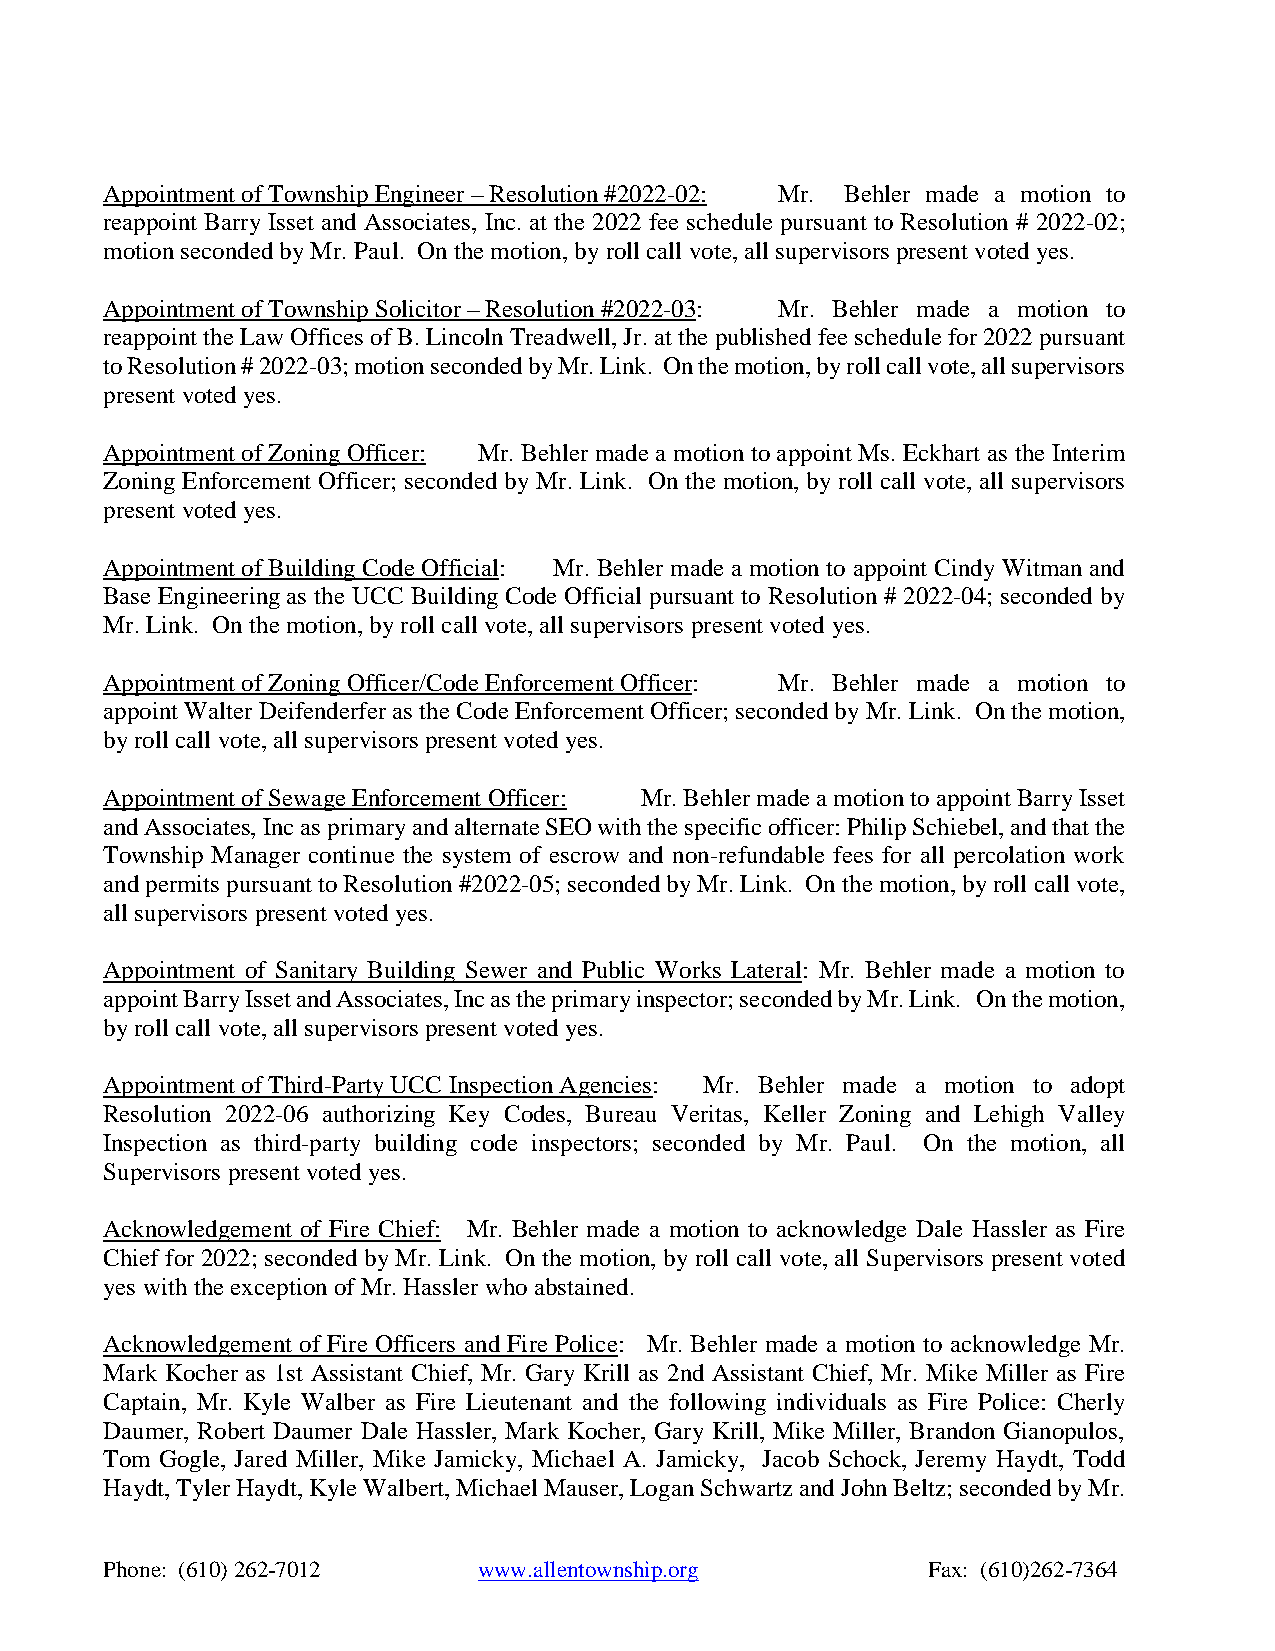
Appointment of Township Engineer – Resolution #2022-02: Mr. Behler made a motion to
 reappoint Barry Isset and Associates, Inc. at the 2022 fee schedule pursuant to Resolution # 2022-02;
 motion seconded by Mr. Paul. On the motion, by roll call vote, all supervisors present voted yes.
 Appointment of Township Solicitor – Resolution #2022-03: Mr. Behler made a motion to
 reappoint the Law Offices of B. Lincoln Treadwell, Jr. at the published fee schedule for 2022 pursuant
 to Resolution # 2022-03; motion seconded by Mr. Link. On the motion, by roll call vote, all supervisors
 present voted yes.
 Appointment of Zoning Officer: Mr. Behler made a motion to appoint Ms. Eckhart as the Interim
 Zoning Enforcement Officer; seconded by Mr. Link. On the motion, by roll call vote, all supervisors
 present voted yes.
 Appointment of Building Code Official: Mr. Behler made a motion to appoint Cindy Witman and
 Base Engineering as the UCC Building Code Official pursuant to Resolution # 2022-04; seconded by
 Mr. Link. On the motion, by roll call vote, all supervisors present voted yes.
 Appointment of Zoning Officer/Code Enforcement Officer: Mr. Behler made a motion to
 appoint Walter Deifenderfer as the Code Enforcement Officer; seconded by Mr. Link. On the motion,
 by roll call vote, all supervisors present voted yes.
 Appointment of Sewage Enforcement Officer: Mr. Behler made a motion to appoint Barry Isset
 and Associates, Inc as primary and alternate SEO with the specific officer: Philip Schiebel, and that the
 Township Manager continue the system of escrow and non-refundable fees for all percolation work
 and permits pursuant to Resolution #2022-05; seconded by Mr. Link. On the motion, by roll call vote,
 all supervisors present voted yes.
 Appointment of Sanitary Building Sewer and Public Works Lateral: Mr. Behler made a motion to
 appoint Barry Isset and Associates, Inc as the primary inspector; seconded by Mr. Link. On the motion,
 by roll call vote, all supervisors present voted yes.
 Appointment of Third-Party UCC Inspection Agencies: Mr. Behler made a motion to adopt
 Resolution 2022-06 authorizing Key Codes, Bureau Veritas, Keller Zoning and Lehigh Valley
 Inspection as third-party building code inspectors; seconded by Mr. Paul. On the motion, all
 Supervisors present voted yes.
 Acknowledgement of Fire Chief: Mr. Behler made a motion to acknowledge Dale Hassler as Fire
 Chief for 2022; seconded by Mr. Link. On the motion, by roll call vote, all Supervisors present voted
 yes with the exception of Mr. Hassler who abstained.
 Acknowledgement of Fire Officers and Fire Police: Mr. Behler made a motion to acknowledge Mr.
 Mark Kocher as 1st Assistant Chief, Mr. Gary Krill as 2nd Assistant Chief, Mr. Mike Miller as Fire
 Captain, Mr. Kyle Walber as Fire Lieutenant and the following individuals as Fire Police: Cherly
 Daumer, Robert Daumer Dale Hassler, Mark Kocher, Gary Krill, Mike Miller, Brandon Gianopulos,
 Tom Gogle, Jared Miller, Mike Jamicky, Michael A. Jamicky, Jacob Schock, Jeremy Haydt, Todd
 Haydt, Tyler Haydt, Kyle Walbert, Michael Mauser, Logan Schwartz and John Beltz; seconded by Mr.
 Phone: (610) 262-7012    www.allentownship.org        Fax: (610)262-7364